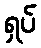
ရှပ်